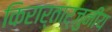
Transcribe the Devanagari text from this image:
किरार्तार्जुनीय